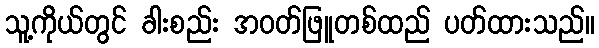
သူ့ကိုယ်တွင် ခါးစည်း အဝတ်ဖြူတစ်ထည် ပတ်ထားသည်။